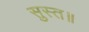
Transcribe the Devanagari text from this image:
सुस्त॥